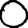
Digit: 0